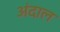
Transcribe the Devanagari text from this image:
अंदाल